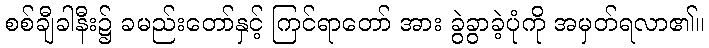
စစ်ချီခါနီး၌ ခမည်းတော်နှင့် ကြင်ရာတော် အား ခွဲခွာခဲ့ပုံကို အမှတ်ရလာ၏။